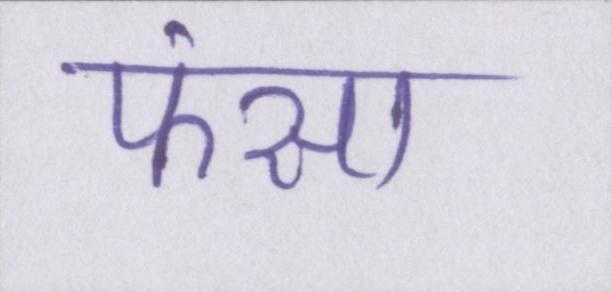
फंसा